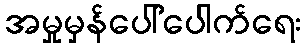
အမှုမှန်ပေါ်ပေါက်ရေး